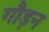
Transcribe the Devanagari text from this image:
गौड़न